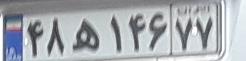
۴۸ه۱۴۶۷۷